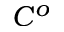
C ^ { o }